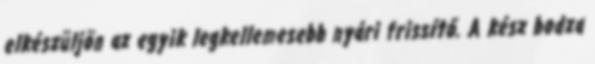
elkészüljön az egyik legkellemesebb nyári frissítő. A kész bodza